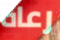
رعاة